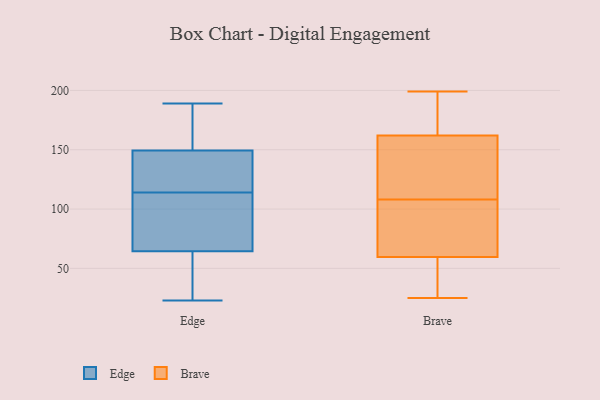
{"axis": {"x": "Inventory Turnover", "y": "Value"}, "legend": ["Brave", "Edge"], "data": [{"x": "", "y": 189, "type": "Edge"}, {"x": "", "y": 132, "type": "Edge"}, {"x": "", "y": 63, "type": "Edge"}, {"x": "", "y": 69, "type": "Edge"}, {"x": "", "y": 147, "type": "Edge"}, {"x": "", "y": 23, "type": "Edge"}, {"x": "", "y": 114, "type": "Edge"}, {"x": "", "y": 168, "type": "Edge"}, {"x": "", "y": 139, "type": "Edge"}, {"x": "", "y": 29, "type": "Edge"}, {"x": "", "y": 62, "type": "Edge"}, {"x": "", "y": 165, "type": "Edge"}, {"x": "", "y": 115, "type": "Edge"}, {"x": "", "y": 171, "type": "Edge"}, {"x": "", "y": 76, "type": "Edge"}, {"x": "", "y": 69, "type": "Edge"}, {"x": "", "y": 105, "type": "Edge"}, {"x": "", "y": 150, "type": "Edge"}, {"x": "", "y": 36, "type": "Edge"}, {"x": "", "y": 136, "type": "Brave"}, {"x": "", "y": 191, "type": "Brave"}, {"x": "", "y": 107, "type": "Brave"}, {"x": "", "y": 85, "type": "Brave"}, {"x": "", "y": 157, "type": "Brave"}, {"x": "", "y": 164, "type": "Brave"}, {"x": "", "y": 55, "type": "Brave"}, {"x": "", "y": 27, "type": "Brave"}, {"x": "", "y": 109, "type": "Brave"}, {"x": "", "y": 160, "type": "Brave"}, {"x": "", "y": 25, "type": "Brave"}, {"x": "", "y": 135, "type": "Brave"}, {"x": "", "y": 45, "type": "Brave"}, {"x": "", "y": 167, "type": "Brave"}, {"x": "", "y": 107, "type": "Brave"}, {"x": "", "y": 84, "type": "Brave"}, {"x": "", "y": 64, "type": "Brave"}, {"x": "", "y": 199, "type": "Brave"}, {"x": "", "y": 34, "type": "Brave"}, {"x": "", "y": 182, "type": "Brave"}]}